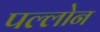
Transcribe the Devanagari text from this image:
पल्लोन